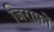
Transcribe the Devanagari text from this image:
जिराफ़ों